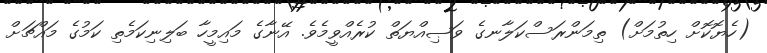
(ހެޔޮކޮށް ހިތުމަށް) ތިމަންރަސްކަލާނގެ ވަޞިއްޔަތް ކުރެއްވީމެވެ. އޭނާގެ މައިމީހާ ބަލިނިކަމެތި ކަމުގެ މައްޗަށް